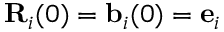
{ \bf R } _ { i } ( 0 ) = { \bf b } _ { i } ( 0 ) = { \bf e } _ { i }